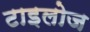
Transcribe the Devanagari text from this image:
टाइलोज